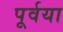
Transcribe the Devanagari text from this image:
पूर्वया